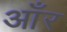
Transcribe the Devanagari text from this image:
आँर